Regulations for the medical services of the Army of India
Year: 1930
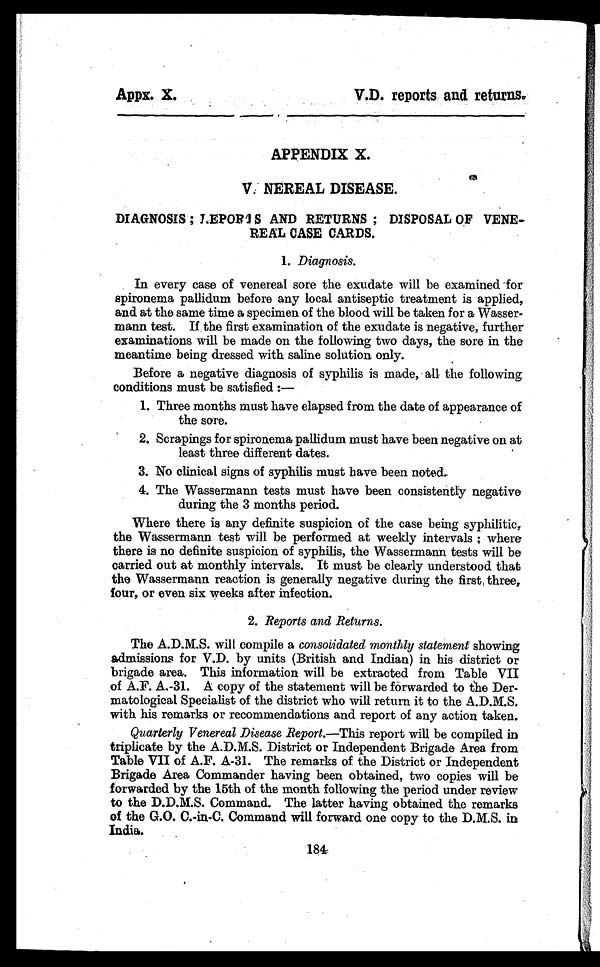
Appx. X.
A P P . X .
V . D . r e p o r t s a n d r e t u r n s .
APPENDIX X.
V A N E R E A L D I S E A S E .
DIAGNOSIS ; LEPORIS AND RETURNS ; DISPOSAL OF VENE-
REAL CASE CARDS.
1. Diagnosis.
In every case of venereal sore the exudate will be examined for
spironema pallidum before any local antiseptic treatment is applied,
and at the same time a specimen of the blood will be taken for a Wasser-
mann test. If the first examination of the exudate is negative, further
examinations will be made on the following two days, the sore in the
meantime being dressed with saline solution only.
Before a negative diagnosis of syphilis is made, all the following
conditions must be satisfied :
—
1. Three months must have elapsed from the date of appearance of
the sore.
2. Scrapings for spironema pallidum must have been negative on at
least three different dates.
3. No clinical signs of syphilis must have been noted.
4. The Wassermann tests must have been consistently negative
during the 3 months period.
Where there is any definite suspicion of the case being syphilitic,
the Wassermann test will be performed at weekly intervals ; where
there is no definite suspicion of syphilis, the Wassermann tests will be
carried out at monthly intervals. It must be clearly understood that
the Wassermann reaction is generally negative during the first, three,
four, or even six weeks after infection.
2. Reports and Returns.
The A.D.M.S. will compile a consolidated monthly statement showing
admissions for V.D. by units (British and Indian) in his district or
brigade area. This information will be extracted from Table VII
of A.F. A.-31. A copy of the statement will be forwarded to the Der-
matological Specialist of the district who will return it to the A.D.M.S.
with his remarks or recommendations and report of any action taken.
Quarterly Venereal Disease Report.—This report will be compiled in
triplicate by the A.D.M.S. District or Independent Brigade Area from
Table VII of A.F. A-31. The remarks of the District or Independent
Brigade Area Commander having been obtained, two copies will be
forwarded by the 15th of the month following the period under review
to the D.D.M.S. Command. The latter having obtained the remarks
of the G.O. C.-in-C. Command will forward one copy to the D.M.S. in
India.
184